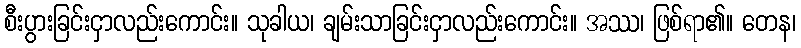
စီးပွားခြင်းငှာလည်းကောင်း။ သုခါယ၊ ချမ်းသာခြင်းငှာလည်းကောင်း။ အဿ၊ ဖြစ်ရာ၏။ တေန၊